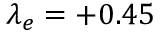
\lambda _ { e } = + 0 . 4 5